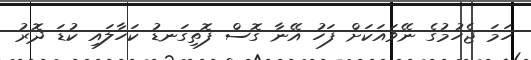
ހަމަ ޖެހުމުގެ ނޭވައަކަށް ފަހު އޭނާ ގޮސް ފޮތިގަނޑު ކަހާލައި ކުޑަ ދޮރު